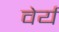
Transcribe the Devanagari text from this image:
वेर्य